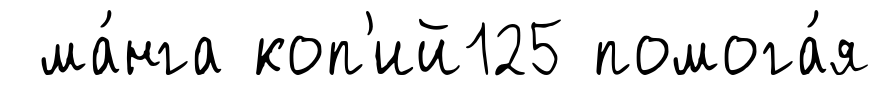
ма́нга коп'ий125 помога́я